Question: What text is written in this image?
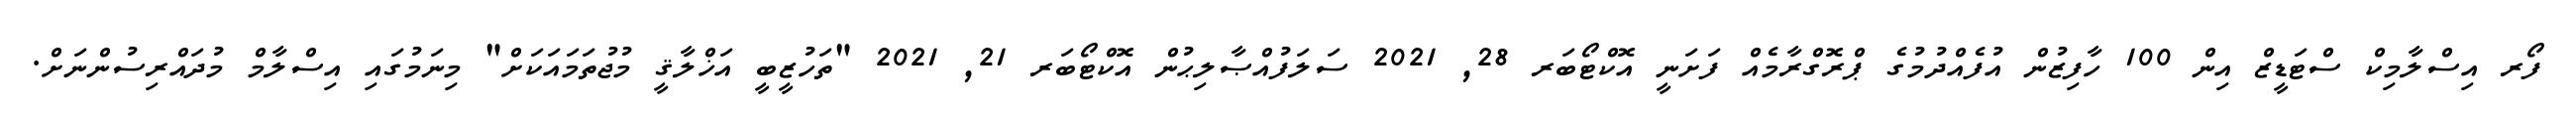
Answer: ފޯރ އިސްލާމިކް ސްޓަޑީޒް އިން 100 ހާފިޒުން އުފެއްދުމުގެ ޕްރޮގްރާމެއް ފަށަނީ އޮކްޓޯބަރ 28, 2021 ސަލަފުއްޞާލިޙުން އޮކްޓޯބަރ 21, 2021 "ތަހުޒީބީ އަޚްލާޤީ މުޖުތަމައަކަށް" މިނަމުގައި އިސްލާމް މުދައްރިސުންނަށް.